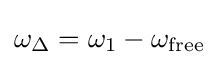
\omega _{\Delta }=\omega _{1}-\omega _{\text{free}}